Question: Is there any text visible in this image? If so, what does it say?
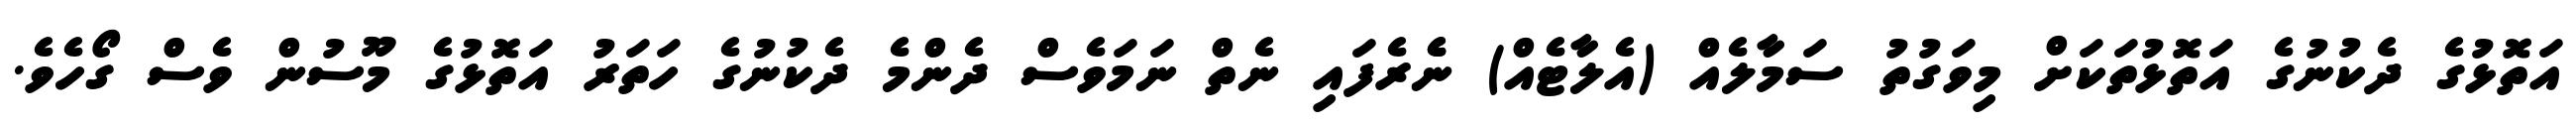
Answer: އަތޮޅުގެ ދެކުނުގެ އަތޮޅުތަކަށް މިވަގުތު ސަމާލެއް (އެލާޓެއް) ނެެރެފައި ނެތް ނަމަވެސް ދެންމެ ދެކުނުގެ ހަތަރު އަތޮޅުގެ މޫސުން ވެސް ގޯހެވެ.